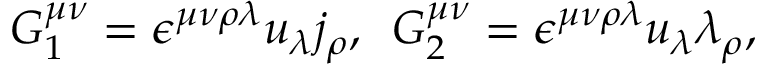
G _ { 1 } ^ { \mu \nu } = \epsilon ^ { \mu \nu \rho \lambda } u _ { \lambda } j _ { \rho } , \, \ G _ { 2 } ^ { \mu \nu } = \epsilon ^ { \mu \nu \rho \lambda } u _ { \lambda } \lambda _ { \rho } ,